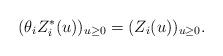
LaTeX: \begin{align*}(\theta_i Z_i^*(u))_{u\geq 0}=(Z_i(u))_{u\geq 0}.\end{align*}